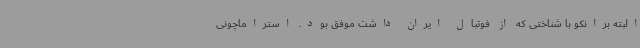
البته برانکو با شناختی که از فوتبال ایران داشت موفق بود. استراماچونی